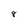
Character: 8